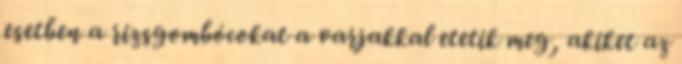
esetben a rizsgombócokat a varjakkal etetik meg, akiket az